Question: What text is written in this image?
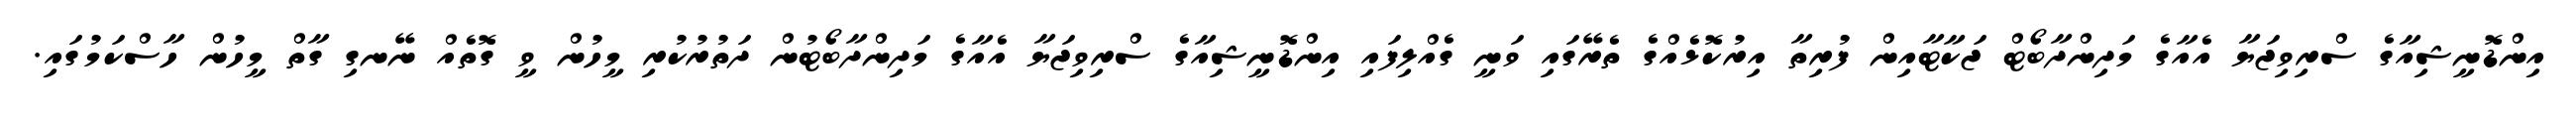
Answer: އިންޑޮނީޝިއާގެ ސްރިވިޖަޔާ އެއާގެ މަދިންދާބޯޓް ޖަކާޓާއިން ފުރިތާ އިރުކޮޅެއްގެ ތެރޭގައި ވަނީ ގެއްލިފައި އިންޑޮނީޝިއާގެ ސްރިވިޖަޔާ އެއާގެ މަދިންދާބޯޓުން ދަތުރުކުރި މީހުން ވީ ގޮތެއް ނޭނގި ގާތް މީހުން ހާސްކަމުގައި.